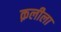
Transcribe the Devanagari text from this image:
क़लीला